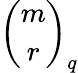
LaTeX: {\binom{m}{r}}_{q}